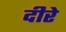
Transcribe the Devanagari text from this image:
दीरे